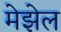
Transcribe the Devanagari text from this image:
मेझेल